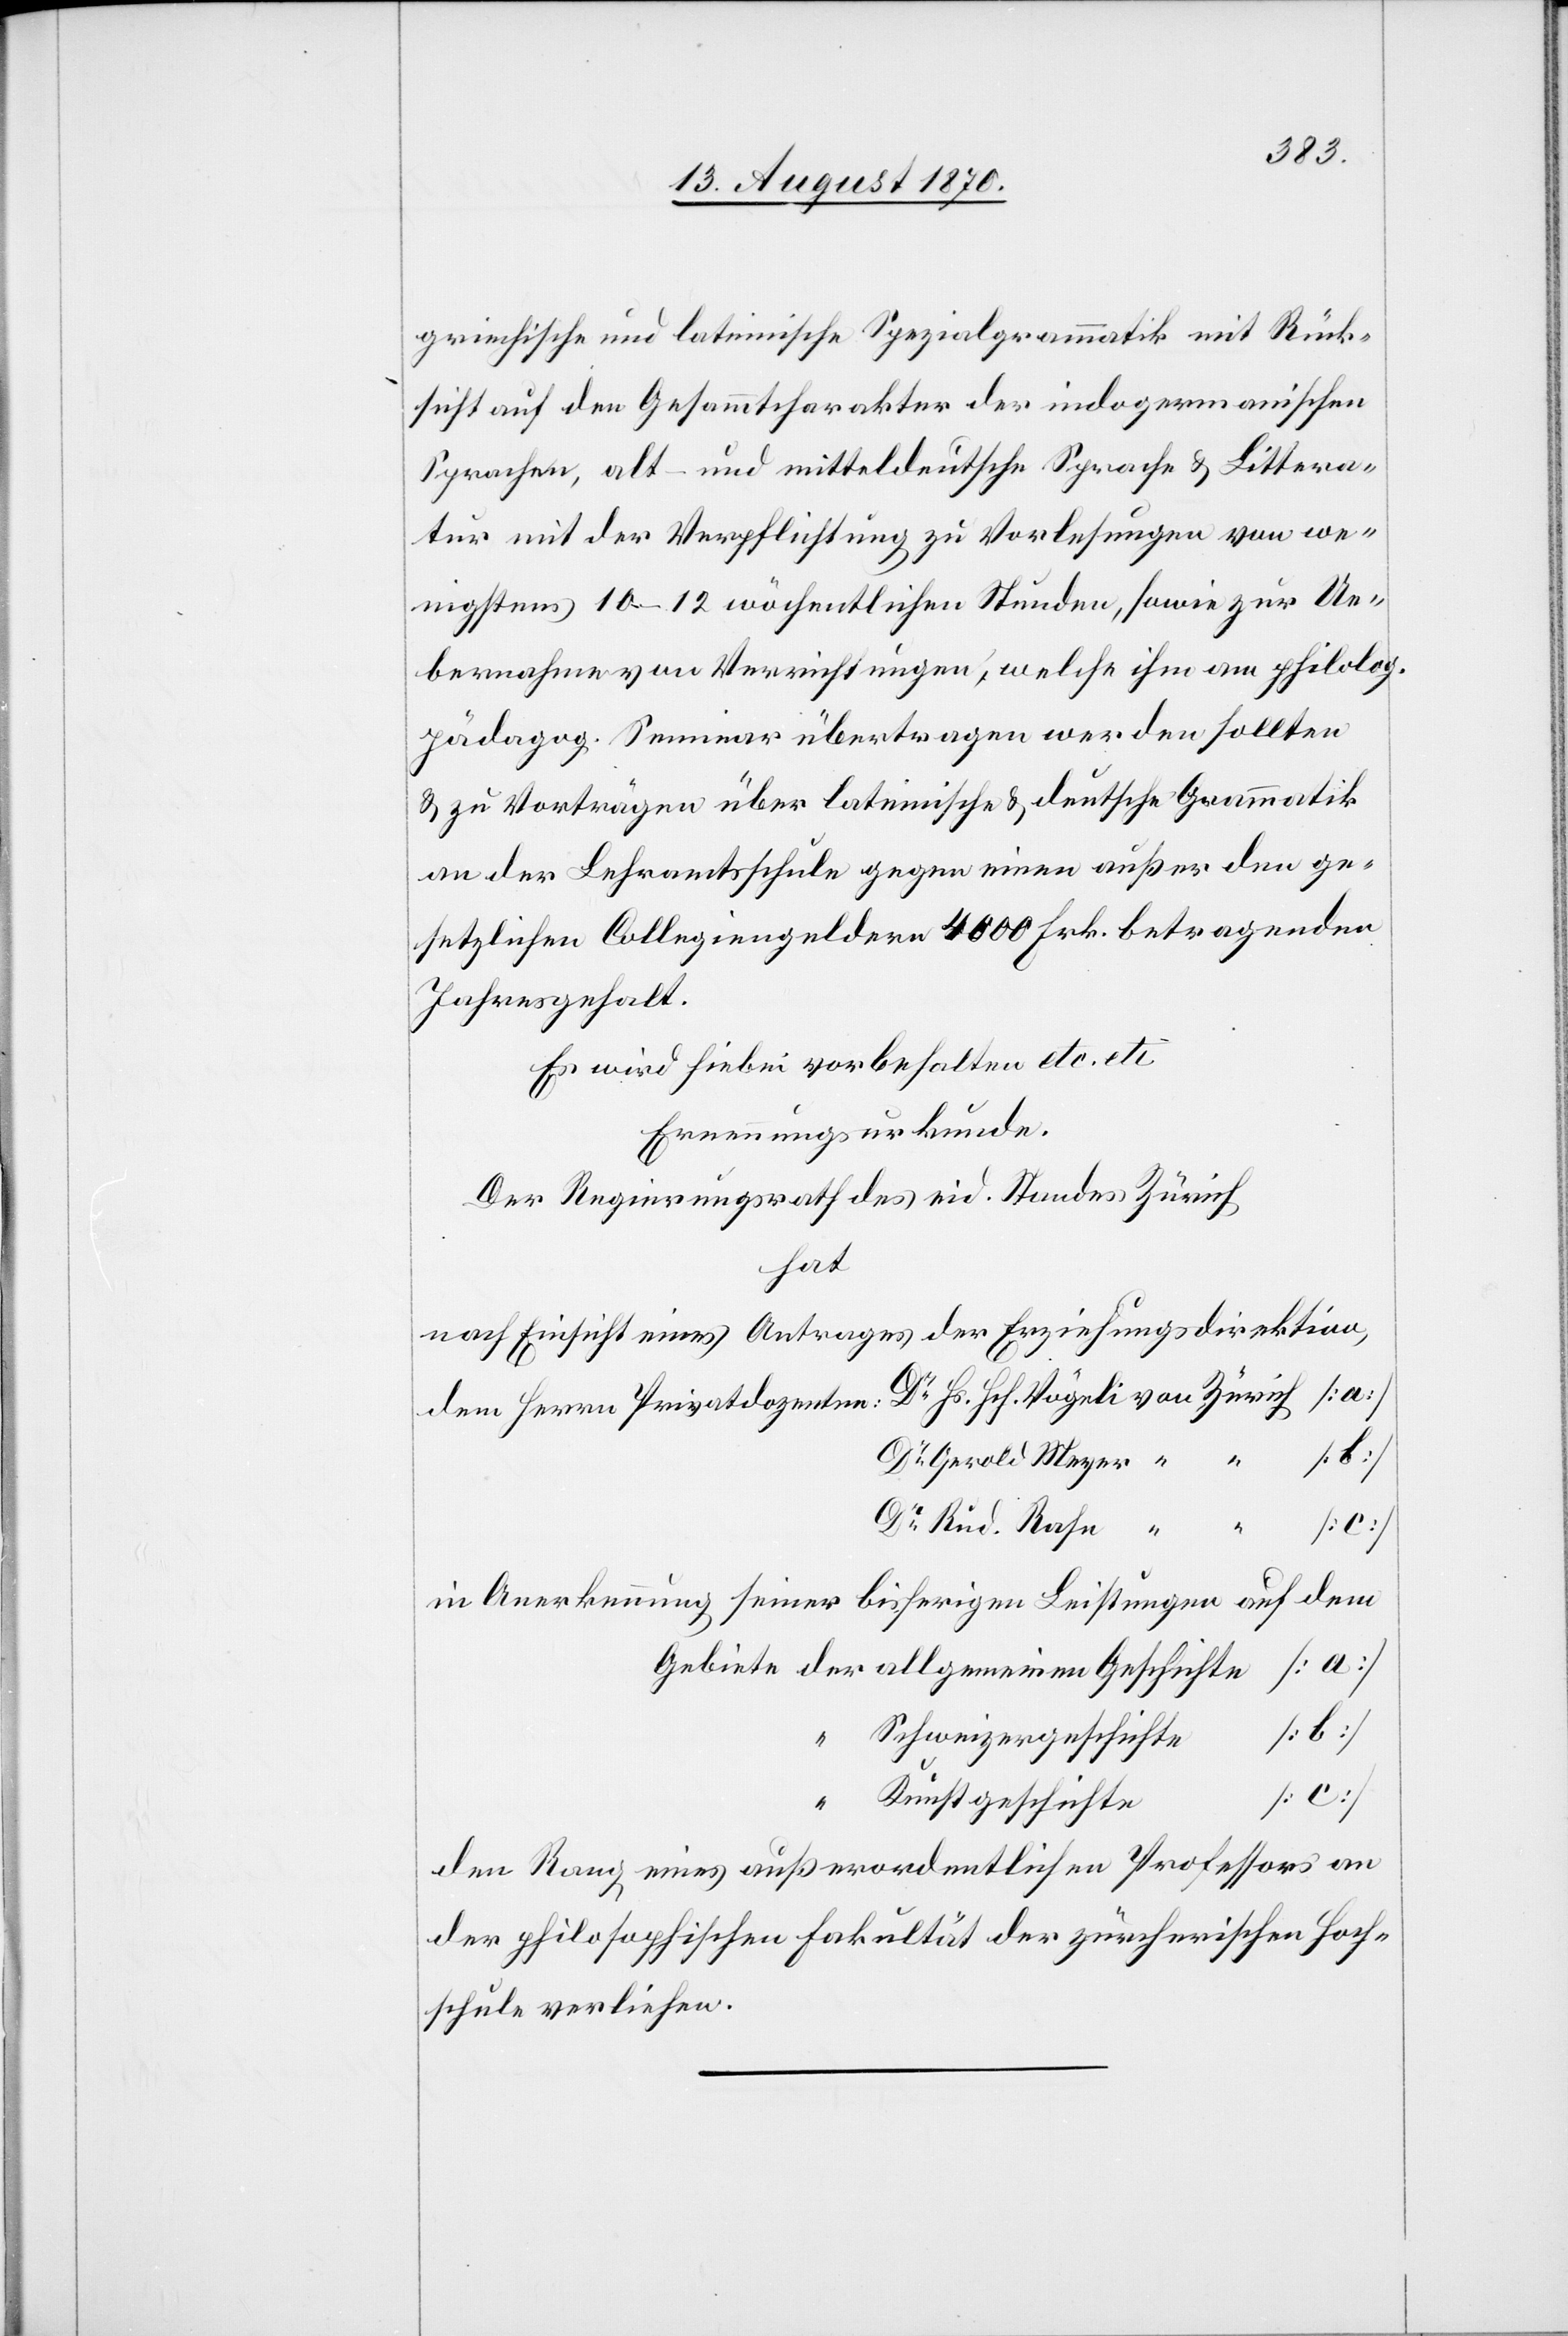
griechische und lateinische Spezialgrammatik mit Rück¬
sicht auf den Gesammtcharakter der indogermanischen
Sprachen, alt- und mitteldeutsche Sprache & Littera¬
tur mit der Verpflichtung zu Vorlesungen von we¬
nigstens 10–12 wöchentlichen Stunden, sowie zur Ue¬
bernahme von Verrichtungen, welche ihm am philolog.
pädagog. Seminar übertragen werden sollten
& zu Vorträgen über lateinische & deutsche Grammatik
an der Lehramtsschule gegen einen außer den ge¬
setzlichen Collegiengeldern 4000 Frk. betragenden
Jahresgehalt.
Es wird hiebei vorbehalten etc. etc.
Ernennungsurkunde.
Der Regierungsrath des eid. Standes Zürich
hat
nach Einsicht eines Antrages der Erziehungsdirektion,
Rud. Rahn
[c]
der
in Anerkennung seiner bisherigen Leistungen auf dem
Schweizergeschichte
allgem¬
Kunstgeschichte
den Rang eines außerordentlichen Professors an
der philosophischen Fakultät der zürcherischen Hoch¬
schule verliehen.